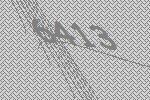
6413